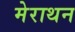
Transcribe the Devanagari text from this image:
मेराथन